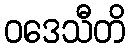
ဝဒေသီတိ